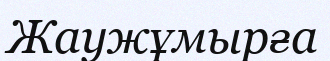
Жаужұмырға